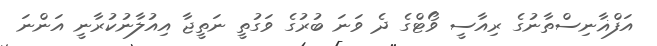
އަފްޣާނިސްތާނުގެ ރިއާސީ ވޯޓްގެ ދެ ވަނަ ބުރުގެ ވަގުތީ ނަތީޖާ އިއުލާނުކުރާނީ އަންނަ